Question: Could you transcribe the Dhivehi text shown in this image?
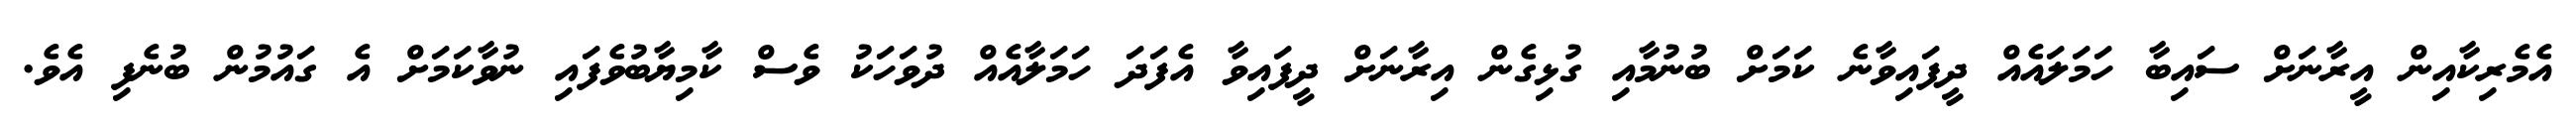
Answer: އެމެރިކާއިން އީރާނަށް ސައިބާ ހަމަލައެއް ދީފައިވާނެ ކަމަށް ބުނުމާއި ގުޅިގެން އިރާނަށް ދީފައިވާ އެފަދަ ހަމަލާއެއް ދުވަހަކު ވެސް ކާމިޔާބުވެފައި ނުވާކަމަށް އެ ގައުމުން ބުނެފި އެވެ.